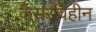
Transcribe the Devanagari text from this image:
कैंसरविहीन